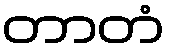
တာတံ